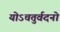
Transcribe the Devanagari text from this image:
योऽचतुर्वदनो